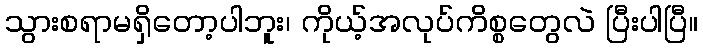
သွားစရာမရှိတော့ပါဘူး၊ ကိုယ့်အလုပ်ကိစ္စတွေလဲ ပြီးပါပြီ။